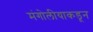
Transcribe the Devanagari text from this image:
मंगोलीयाकडून